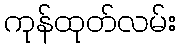
ကုန်ထုတ်လမ်း